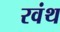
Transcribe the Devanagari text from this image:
रवंथ